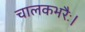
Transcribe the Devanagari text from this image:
चालकभरैः।